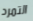
التمرد